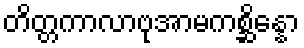
တိတ္တကာလာဗုအာမကစ္ဆိန္နော